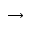
\longrightarrow